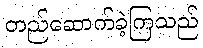
တည်ဆောက်ခဲ့ကြသည်